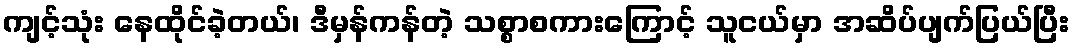
ကျင့်သုံး နေထိုင်ခဲ့တယ်၊ ဒီမှန်ကန်တဲ့ သစ္စာစကားကြောင့် သူငယ်မှာ အဆိပ်ပျက်ပြယ်ပြီး